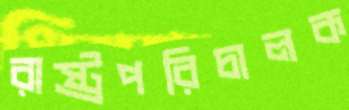
রাষ্ট্রপরিচালক